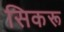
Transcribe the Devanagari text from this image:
सिकरू